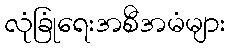
လုံခြုံရေးအစီအမံများ